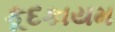
કૂદકાયમ